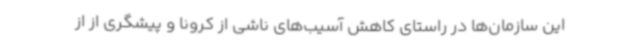
این سازمان‌ها در راستای کاهش آسیب‌های ناشی از کرونا و پیشگری از از